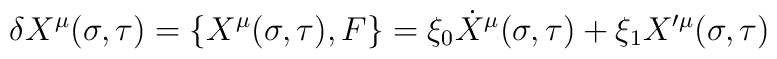
\delta X^{\mu}(\sigma,\tau)={\lbrace X^{\mu}(\sigma,\tau),F\rbrace}=\xi_{0}\dot{X}^{\mu}(\sigma,\tau)+\xi_{1}X'^{\mu}(\sigma,\tau)